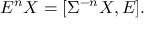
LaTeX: \displaystyle E ^ { n } X = [ \Sigma ^ { - n } X , E ] .